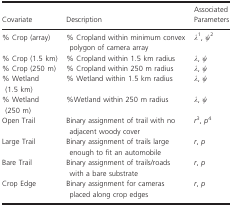
<table><thead><tr><td><b>Covariate</b></td><td><b>Description</b></td><td><b>Associated Parameters</b></td></tr></thead><tbody><tr><td>% Crop (array)</td><td>% Cropland within minimum convex polygon of camera array</td><td><i>λ</i>a, <i>ψ</i>b</td></tr><tr><td>% Crop (1.5 km)</td><td>% Cropland within 1.5 km radius</td><td><i>λ</i>,<i> ψ</i></td></tr><tr><td>% Crop (250 m)</td><td>% Cropland within 250 m radius</td><td><i>λ</i>,<i> ψ</i></td></tr><tr><td>% Wetland (1.5 km)</td><td>% Wetland within 1.5 km radius</td><td><i>λ</i>,<i> ψ</i></td></tr><tr><td>% Wetland (250 m)</td><td>%Wetland within 250 m radius</td><td><i>λ</i>,<i> ψ</i></td></tr><tr><td>Open Trail</td><td>Binary assignment of trail with no adjacent woody cover</td><td><i>r</i>c, <i>p</i>d</td></tr><tr><td>Large Trail</td><td>Binary assignment of trails large enough to fit an automobile</td><td><i>r</i>,<i> p</i></td></tr><tr><td>Bare Trail</td><td>Binary assignment of trails/roads with a bare substrate</td><td><i>r</i>,<i> p</i></td></tr><tr><td>Crop Edge</td><td>Binary assignment for cameras placed along crop edges</td><td><i>r</i>,<i> p</i></td></tr></tbody></table>